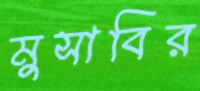
মুসাবির